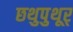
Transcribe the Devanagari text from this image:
छथुपुथूर्